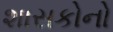
શાસકોનો